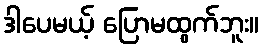
ဒါပေမယ့် ပြောမထွက်ဘူး။